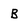
Character: B